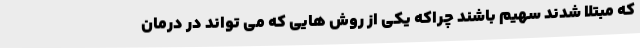
که مبتلا شدند سهیم باشند چراکه یکی از روش هایی که می تواند در درمان